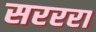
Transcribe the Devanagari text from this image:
सरररा